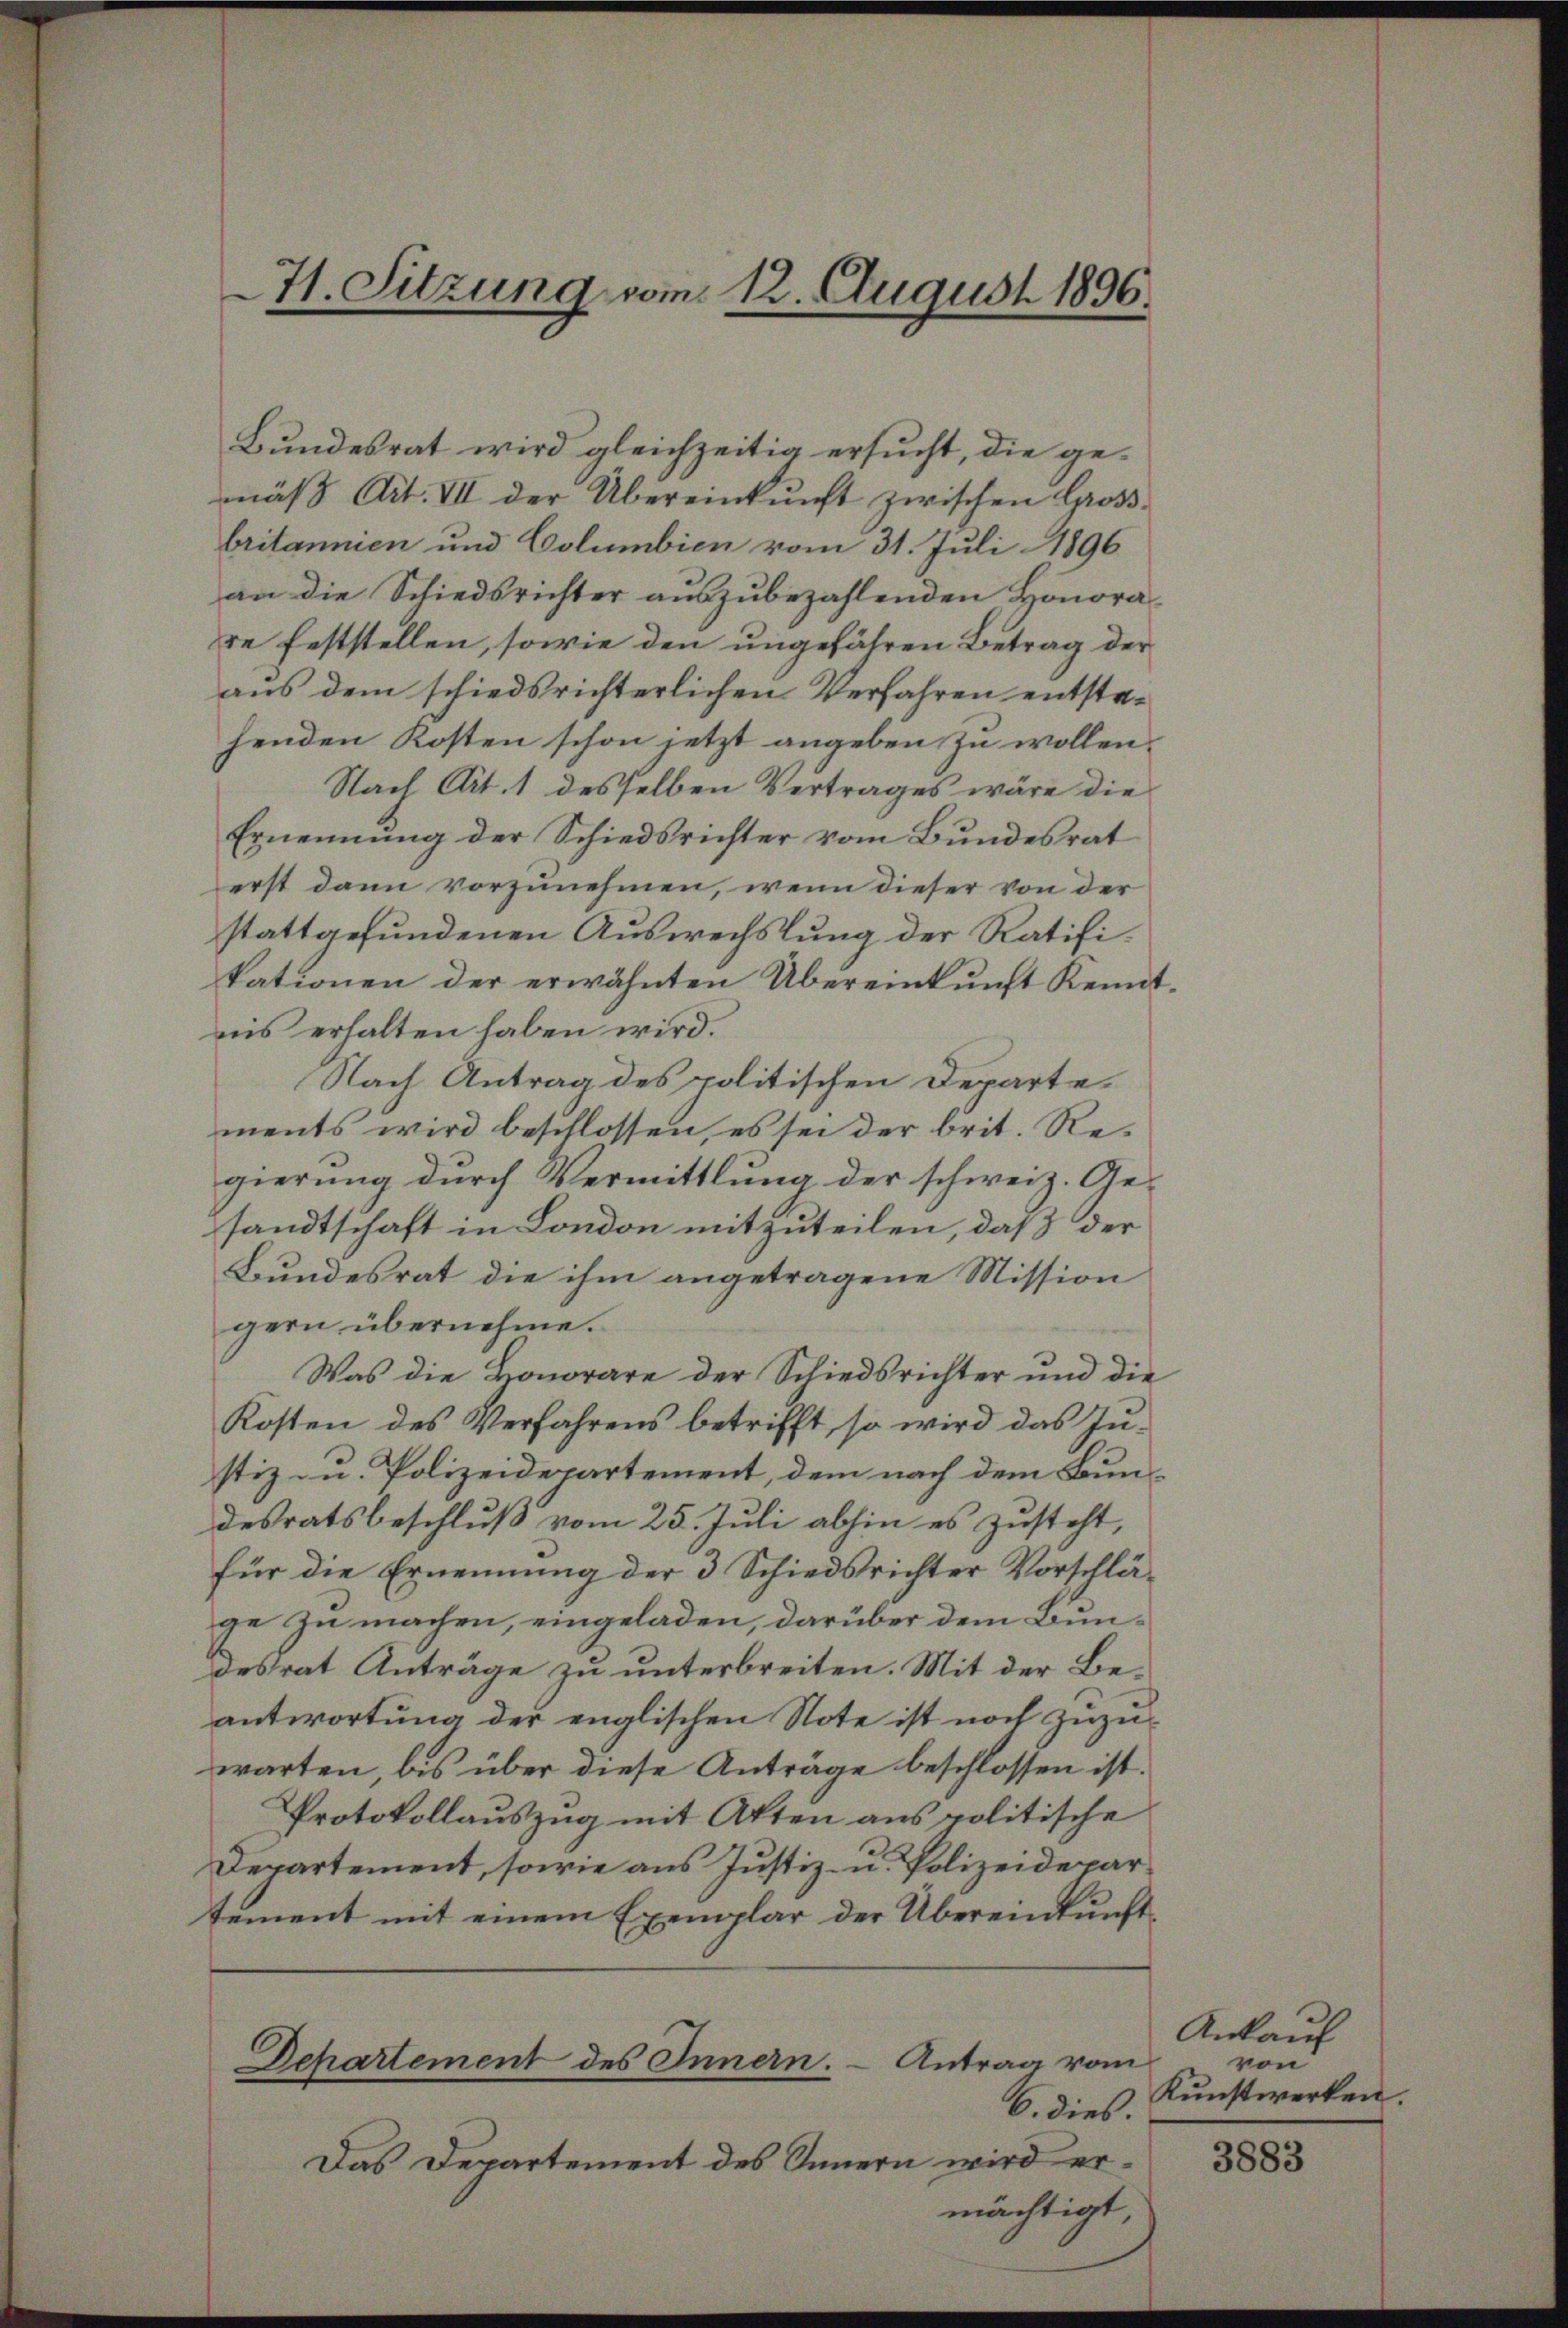
Bundesrat wird gleichzeitig ersucht, die gemäβ Art. III der Übereinkunft zwischen Groß-
britannien und Columbien vom 31. Juli 1896
an die Schiedsrichter auszubezahlenden Honorare feststellen, sowie den ungefähren Betrag der
aus dem schiedsrichterlichen Verfahren entstehenden Kosten schon jetzt angeben zu wollen.
Nach Art. 1 desselben Vertrages wäre die
Ernennung der Schiedsrichter vom Bundesrat
erst dann vorzunehmen, wenn dieser von der
stattgefundenen Auswechslung der Ratifikationen der erwähnten Übereinkunft Kennt-
nis erhalten haben wird.
Nach Antrag des politischen Departements wird beschlossen, es sei der brit. Regierung durch Vermittlung der schweiz. Ge-
sandtschaft in London mitzuteilen, daß der
Bundesrat die ihm angetragene Mission
gern übernehme.
Was die Honorare der Schiedsrichter und die
Kosten des Verfahrens betrifft, so wird das Justiz- u. Polizeidepartement, dem nach dem Bundesratsbeschluß vom 25. Juli abhin es zusteht,
für die Ernennung der 3 Schiedsrichter Vorschläge zu machen, eingeladen, darüber dem Bundesrat Anträge zu unterbreiten. Mit der Beantwortung der englischen Note ist noch zuzuwarten, bis über diese Anträge beschlossen ist.
Protokollauszug mit Akten aus politische
Departement, sowie aus Justiz- u. Polizeidepartement mit einem Exemplar der Übereinkunft¬

71. Sitzung vom 12. August 1896.

6. dies.
Das Departement des Innern wird ermächtigt

Dchartement des Innern. – Antrag vom

Ankauf
von
Kunstwerken.

3883